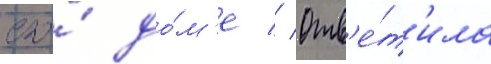
его́ до́м'е // Отв'е́т'ила